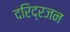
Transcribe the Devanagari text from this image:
दरिद्रजन